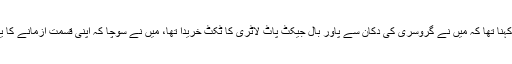
نند لال منگل کا کہنا تھا کہ میں نے گروسری کی دکان سے پاور بال جیکٹ پاٹ لاٹری کا ٹکٹ خریدا تھا، میں نے سوچا کہ اپنی قسمت آزمانے کا یہ اچھا موقع ہے۔